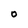
Character: O